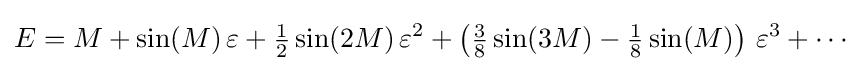
E=M+\sin(M)\,\varepsilon +{\tfrac {1}{2}}\sin(2M)\,\varepsilon ^{2}+\left({\tfrac {3}{8}}\sin(3M)-{\tfrac {1}{8}}\sin(M)\right)\,\varepsilon ^{3}+\cdots